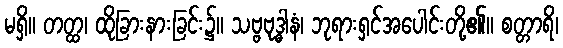
မရှိ။ တတ္ထ၊ ထိုခြားနားခြင်း၌။ သဗ္ဗဗုဒ္ဓါနံ၊ ဘုရားရှင်အပေါင်းတို့၏။ စတ္တာရိ၊